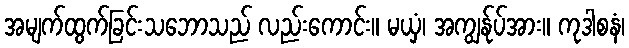
အမျက်ထွက်ခြင်းသဘောသည် လည်းကောင်း။ မယှံ၊ အကျွန်ုပ်အား။ ကုဒါစနံ၊